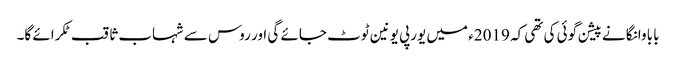
بابا وانگا نے پیشن گوئی کی تھی کہ 2019ء میں یورپی یونین ٹوٹ جائے گی اور روس سے شہاب ثاقب ٹکرائے گا۔